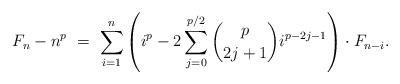
LaTeX: \begin{align*}F_n - n^{p} \ = \ \sum_{i=1}^{n} \left( i^{p} - 2\sum_{j=0}^{p/2} \binom{p}{2j+1} i^{p-2j-1} \right) \cdot F_{n-i}. \end{align*}